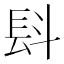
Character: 𣁸